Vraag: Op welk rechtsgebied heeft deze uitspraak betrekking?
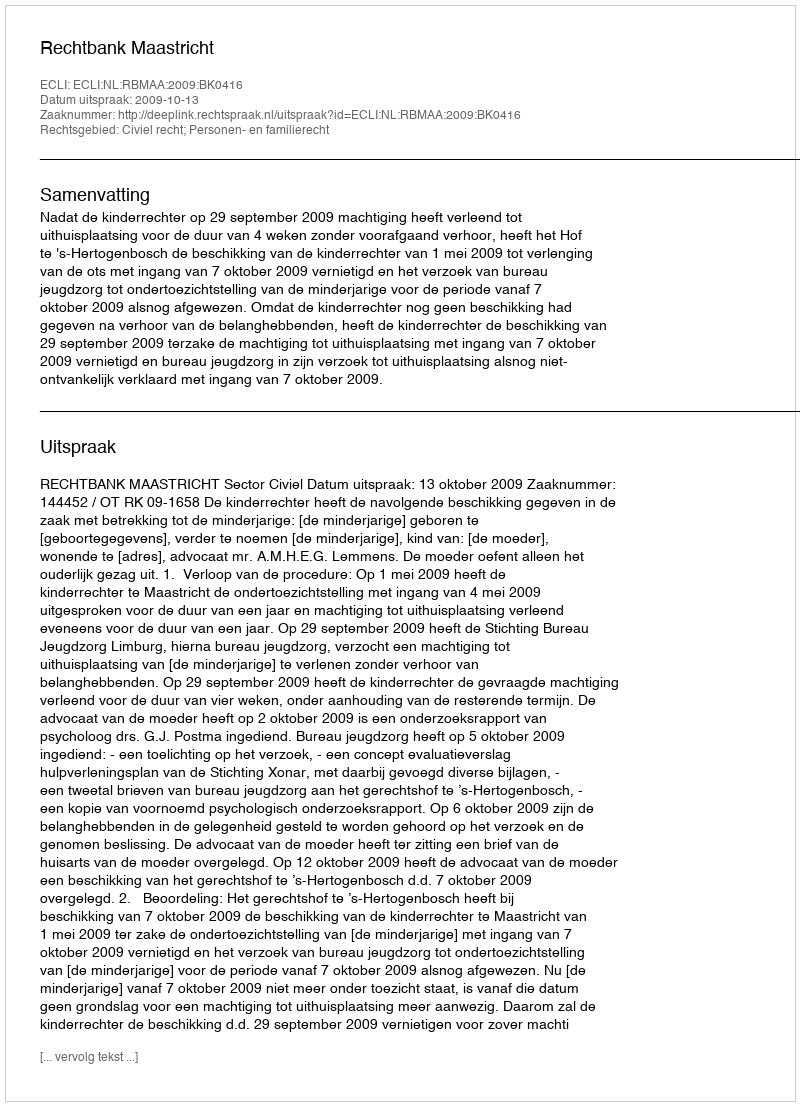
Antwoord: Civiel recht; Personen- en familierecht